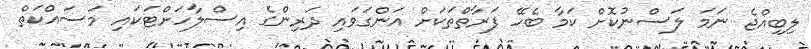
ލިބިއްޖެ ނަމަ ލަސްނުކޮށް ކަމާ ބެހޭ ފަރާތްތަކަށް އަންގަވައި ދަރިންގެ އިސްލާހަށްޓަކައި މަސައްކަތް